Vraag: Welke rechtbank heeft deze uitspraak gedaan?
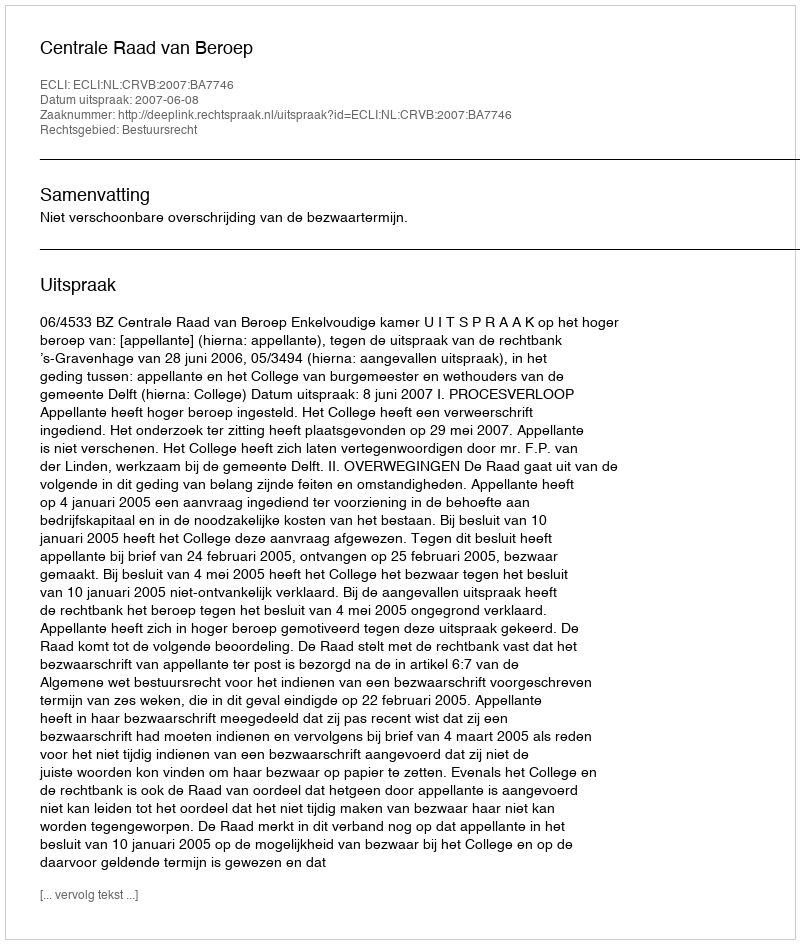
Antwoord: Centrale Raad van Beroep